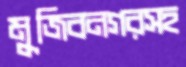
মুজিবনগরসহ